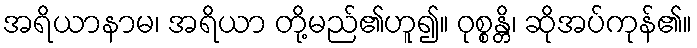
အရိယာနာမ၊ အရိယာ တို့မည်၏ဟူ၍။ ဝုစ္စန္တိ၊ ဆိုအပ်ကုန်၏။